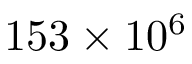
1 5 3 \times 1 0 ^ { 6 }